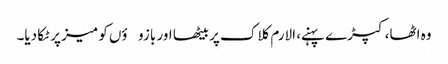
وہ اٹھا، کپڑے پہنے، الارم کلاک پر بیٹھا اور بازوؤں کو میز پر ٹکا دیا۔